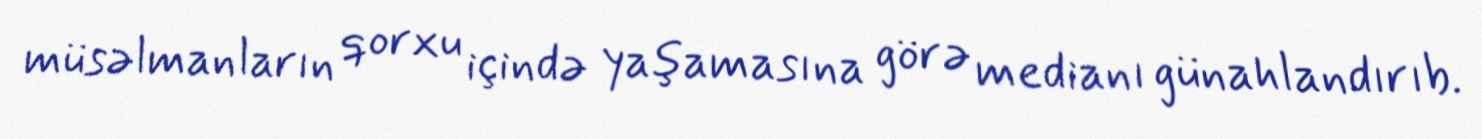
müsəlmanların qorxu içində yaşamasına görə medianı günahlandırıb.